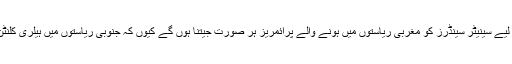
مقابلے کی دوڑ میں شریک رہنے کے لیے سینیٹر سینڈرز کو مغربی ریاستوں میں ہونے والے پرائمریز ہر صورت جیتنا ہوں گے کیوں کہ جنوبی ریاستوں میں ہیلری کلنٹن نے انہیں بڑے مارجن سے ہرایا ہے۔